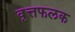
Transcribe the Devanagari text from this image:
वृत्तफलक